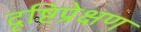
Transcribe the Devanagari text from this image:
दृष्टिप्रेक्षण